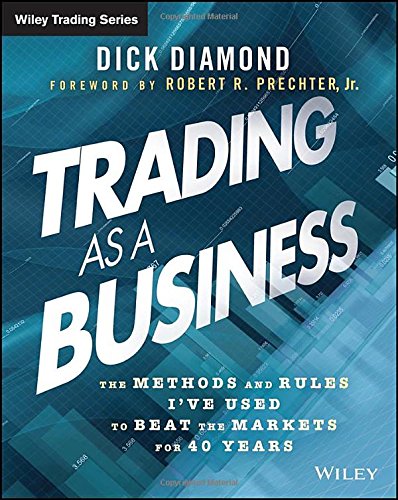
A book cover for Trading as a Business: The Methods and Rules I've Used To Beat the Markets for 40 Years (Wiley Trading); Dick Diamond; Business & Money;